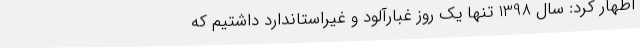
اظهار کرد: سال 1398 تنها یک روز غبارآلود و غیراستاندارد داشتیم که